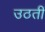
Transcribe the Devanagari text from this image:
उठतीं